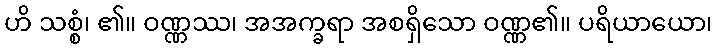
ဟိ သစ္စံ၊ ၏။ ဝဏ္ဏဿ၊ အအက္ခရာ အစရှိသော ဝဏ္ဏ၏။ ပရိယာယော၊